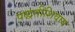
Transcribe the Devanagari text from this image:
पद्धतीशिवाय